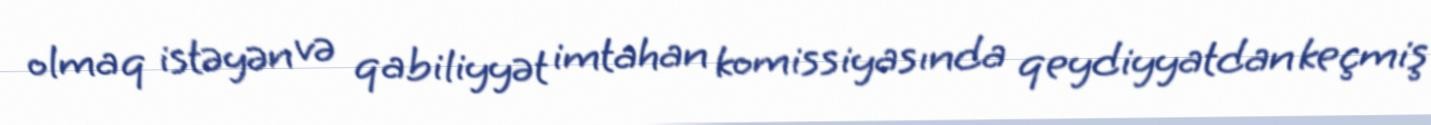
olmaq istəyən və qabiliyyət imtahan komissiyasında qeydiyyatdan keçmiş